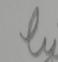
Signature authenticity: forged